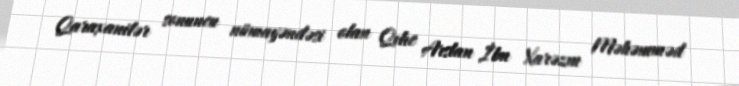
Qaraxanilər sonuncu nümayəndəsi olan Qılıc Arslan İbn Xarəzm Məhəmməd